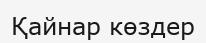
Қайнар көздер